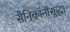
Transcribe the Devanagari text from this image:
सैनिकांनीसुद्धा